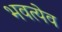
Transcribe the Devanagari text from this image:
भवत्येव